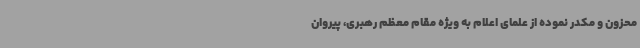
محزون و مکدر نموده از علمای اعلام به ویژه مقام معظم رهبری، پیروان